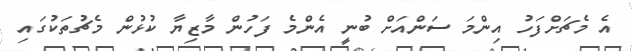
އެ މެޗަށްފަހު އިންމަ ސަންއަށް ބުނީ އެންމެ ފަހުން މާޒިޔާ ކުޅުން މެޗުތަކުގައި